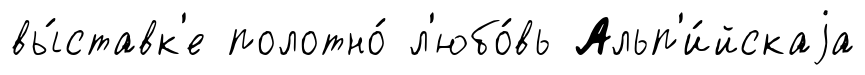
вы́ставк'е полотно́ л'юбо́вь Альп'и́йскаjа